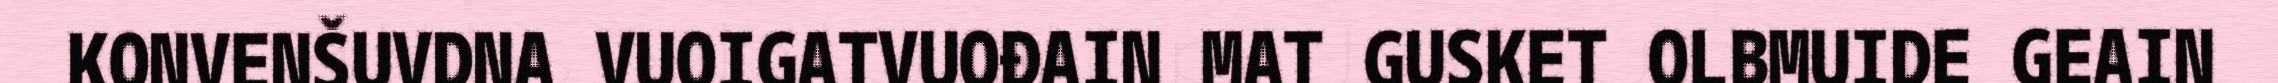
KONVENŠUVDNA VUOIGATVUOĐAIN MAT GUSKET OLBMUIDE GEAIN